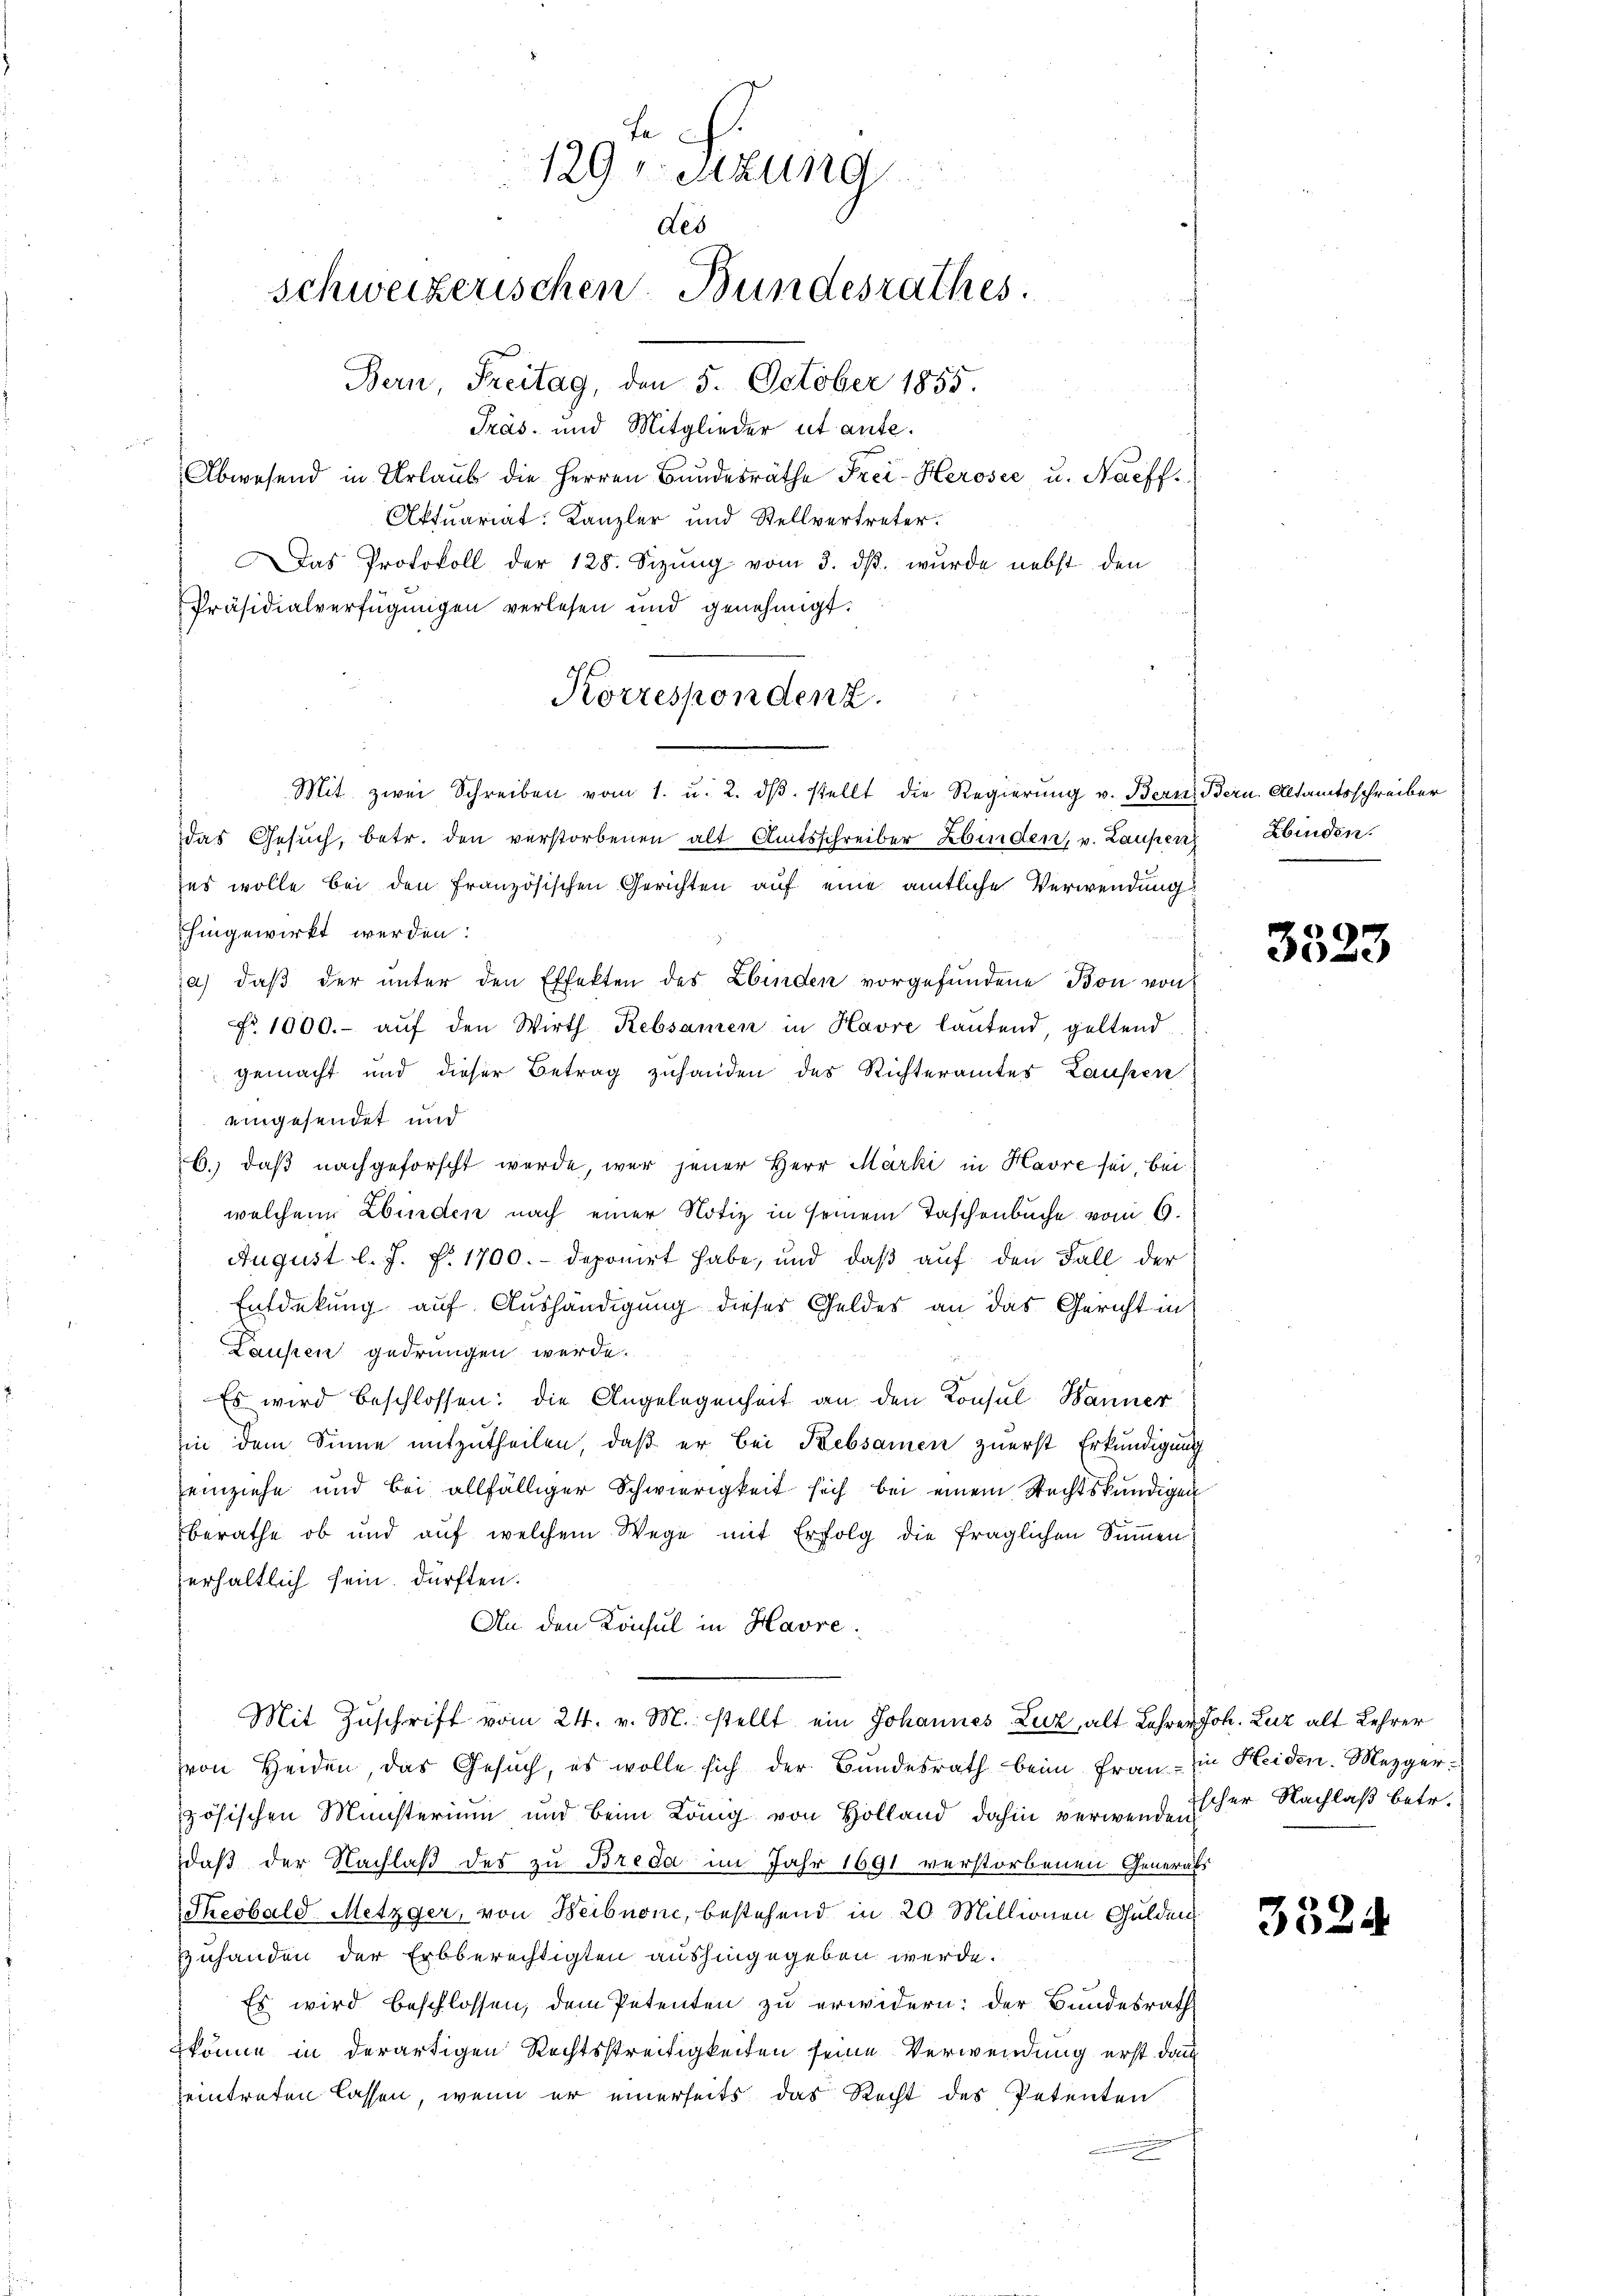
Aktuariat Kanzler und Stellvertreter.
Das Protokoll der 128. Sizŭng vom 3. dβ. wurde nebst den
Präsidialverfügungen verlesen und genehmigt.
Mit zwei Schreiben vom 1. u. 2. dβ stellt die Regierung v. Bern, Bern. Altamtsschreiber
das Gesŭch, betr. den verstorbenen alt. Amtsschreiber binden, v. Laupenz
ses wolle bei den französischen Gerichten auf eine amtliche Verwendung
hingewirkt werden.
a) daβ der ŭnter den Effekten des Lbinden vorgefundene Bon von
No. 1000.- aŭf den Wirth Rebsamen in Havre lautend, geltend
gemacht und dieser Betrag zuhanden des Richteramtes Laufen
eingesendet und
6.) daß nachgeforscht werde, war jener Herr Marki in Havre sei, bei
welchem Ebinden nach einer Notiz in seinem Taschenbuche vom 9.
August l. J. P. 1700.- deponirt habe, und daß auf den Fall der
Entdekung auf Aushändigung dieses Geldes an das Gericht in
Laupen gedrungen werde.
Es wird beschlossen: die Angelegenheit an den Konsul Hanner
hin dem Sinne mitzutheilen, daß er bei Rebsamen zuerst Erkundigung
einziehe und bei allfälliger Schwierigkeit sich bei einem Rechtskundigen
berathe ob und auf welchem Wege mit Erfolg die fraglichen Summen
erhältlich sein dürften.
An den Konsul in Havre
Mit Zŭschrift vom 24. v. M. stellt ein Johannes Luz, alt Lehrer Joh. Luz alt Lehrer
von Heiden, das Gesuch, es wolle sich der Bundesrath beim Frau in Heiden. Mezger-
zösischen Münsterium und beim König von Holland dahin verwende her Nachlaß betr.
daß der Nachlaß des zu Breda im Jahr 1691 verstorbenen Generals
Sheobald Metzger, von Heibnone, bestehend in 20 Millionen Gulden
Zuhanden der Erbberechtigten aushingegeben werde.
Es wird beschlossen, dem Petenten zu erwidern: der Bundesrath
könne in derartigen Rechtsstreitigkeiten seine Verwendung erst dan
eintreten lassen, wenn er einerseits das Recht des Petenten

129 letzung
des
schweizerischen Bundesrathes.
Bern, Freitag, den 5. October 1855.
Präs. und Mitglieder ut ante.
Abwesend in Urlaub die Herren Bundesräthe Frei-Herosee u. Naeff

Korrespondenz.

Zbinden.

e
Bise

3324